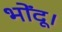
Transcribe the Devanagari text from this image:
भोंदू।